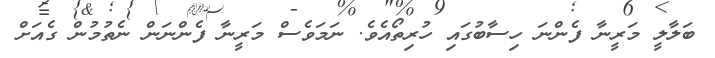
ބަލާލީ މަރީނާ ފެންނަ ހިސާބުގައި ހުރިތޯއެވެ. ނަމަވެސް މަރީނާ ފެންނަން ނެތުމުން ގެއަށް